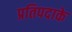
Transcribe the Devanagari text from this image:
प्रतिपदाके